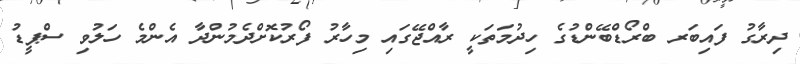
ދިރާގު ފައިބަރ ބްރޯޑްބޭންޑުގެ ހިދުމަތަކީ ރާއްޖޭގައި މިހާރު ފޯރުކޮށްދެމުންދާ އެންމެ ހަލުވި ސްޕީޑު